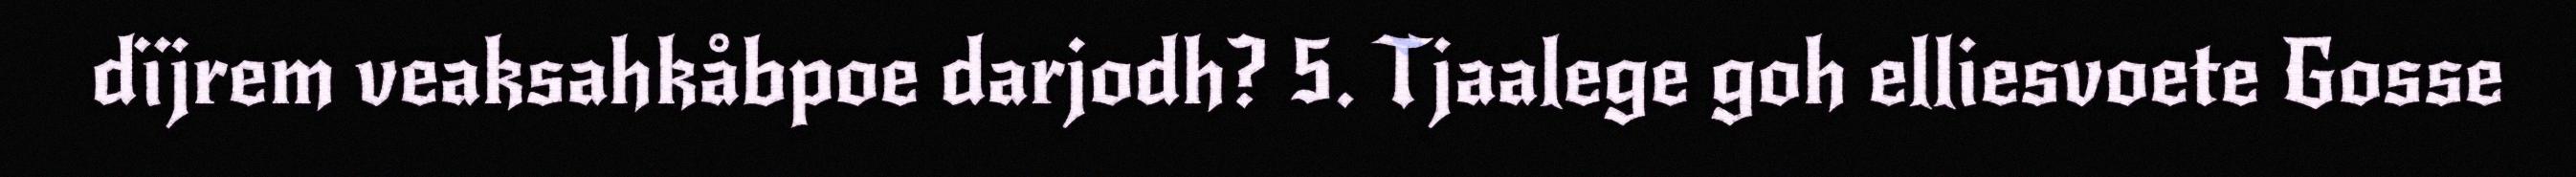
dïjrem veaksahkåbpoe darjodh? 5. Tjaalege goh elliesvoete Gosse